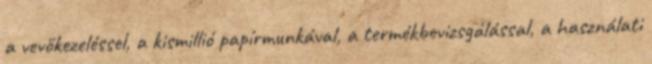
a vevőkezeléssel, a kismillió papírmunkával, a termékbevizsgálással, a használati